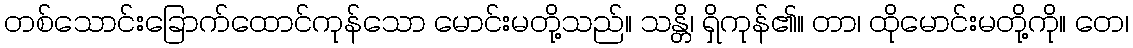
တစ်သောင်းခြောက်ထောင်ကုန်သော မောင်းမတို့သည်။ သန္တိ၊ ရှိကုန်၏။ တာ၊ ထိုမောင်းမတို့ကို။ တေ၊